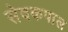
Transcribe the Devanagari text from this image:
सेवकपाल